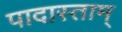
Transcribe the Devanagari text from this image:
पादास्ताम्